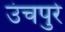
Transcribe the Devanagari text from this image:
उंचपुरे